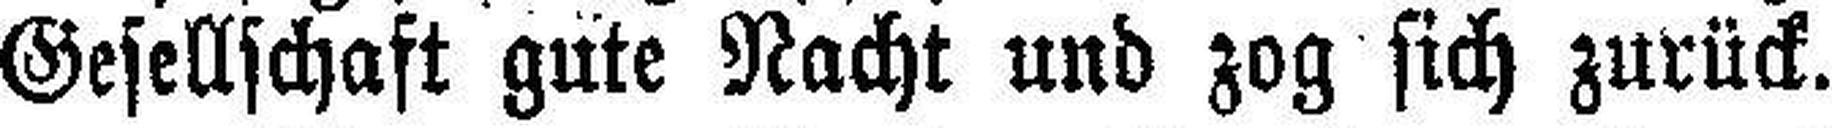
Gesellschaft güte Nacht und zog sich zurück.